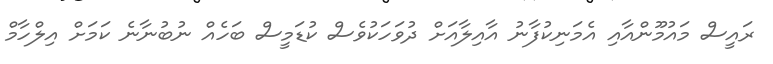
ރައީސް މައުމޫންއާއި އެމަނިކުފާނު އާއިލާއަށް ދުވަހަކުވެސް ކުޑަމީސް ބަހެއް ނުބުނާނެ ކަމަށް އިލްހާމް